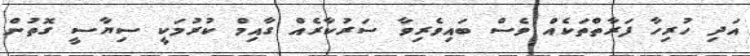
އަދި ހުރިހާ ފަރާތްތަކެއް ވެސް ބައިވެރިވާ ސަރުކާރެއް ގާއިމް ކުރުމަކީ ސިޔާސީ ގޮތުން